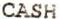
CASH